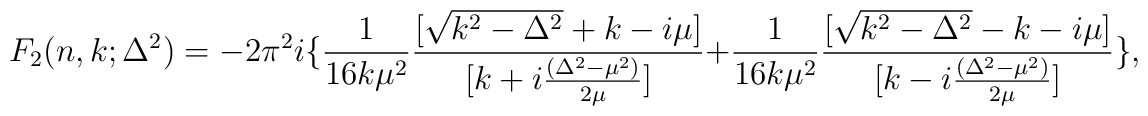
F_2(n,k;\Delta^2)=-2\pi^2i\{\frac{1}{16k\mu^2} \frac{[\sqrt{k^2-\Delta^2}+k-i\mu]}{[k+i\frac{(\Delta^2-\mu^2)}{2\mu}]}  + \frac{1}{16 k \mu^2}\frac{[\sqrt{k^2 - \Delta^2} - k - i \mu]}{[k - i \frac{(\Delta^2 - \mu^2)}{2\mu}]}\},